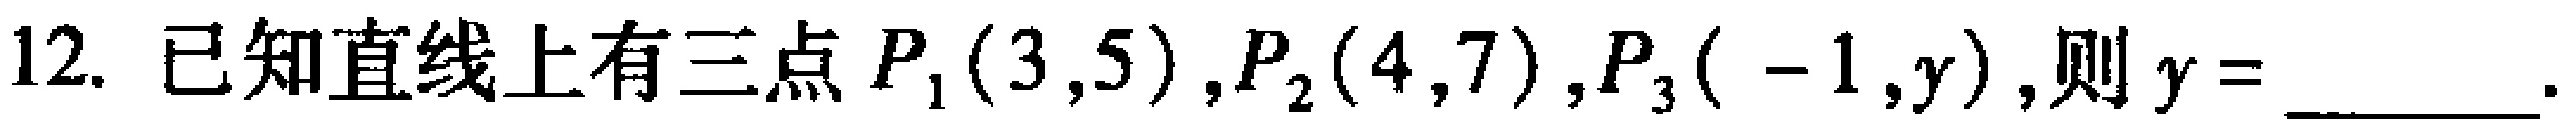
12. 已知直线上有三点$P_{1}(3,5)$,$P_{2}(4,7)$,$P_{3}(-1,y)$,则$y=$________.